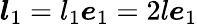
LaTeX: \boldsymbol{l}_{1}=l_{1}\boldsymbol{e}_{1}=2l\boldsymbol{e}_{1}